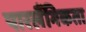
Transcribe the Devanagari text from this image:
पारलैंगिकता